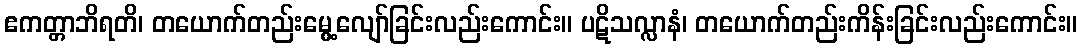
ဧကတ္တာဘိရတိ၊ တယောက်တည်းမွေ့လျော်ခြင်းလည်းကောင်း။ ပဋိသလ္လာနံ၊ တယောက်တည်းကိန်းခြင်းလည်းကောင်း။